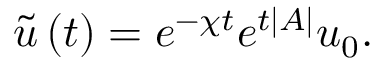
\tilde { u } \left( t \right) = e ^ { - \chi t } e ^ { t \left| A \right| } u _ { 0 } .